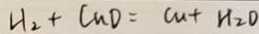
H _ { 2 } + C u O = c u + H _ { 2 } O